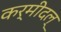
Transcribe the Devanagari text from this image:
कर्मीदल्